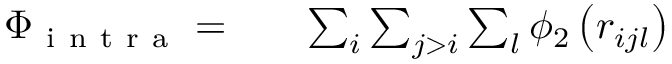
\begin{array} { r l r } { \Phi _ { \mathrm { ~ i ~ n ~ t ~ r ~ a ~ } } = } & { { } } & { \sum _ { i } \sum _ { j > i } \sum _ { l } \phi _ { 2 } \left( r _ { i j l } \right) } \end{array}